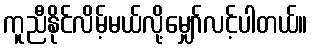
ကူညီနိုင်လိမ့်မယ်လို့မျှော်လင့်ပါတယ်။